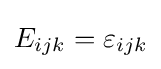
E_{ijk}=\varepsilon _{ijk}